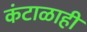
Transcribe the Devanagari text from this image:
कंटाळाही